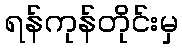
ရန်ကုန်တိုင်းမှ